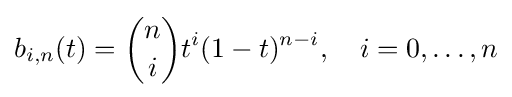
b_{i,n}(t)={n \choose i}t^{i}(1-t)^{n-i},\ \ \ i=0,\ldots ,n